Medical and sanitary report of the native army of Madras for the year
Year: 1876
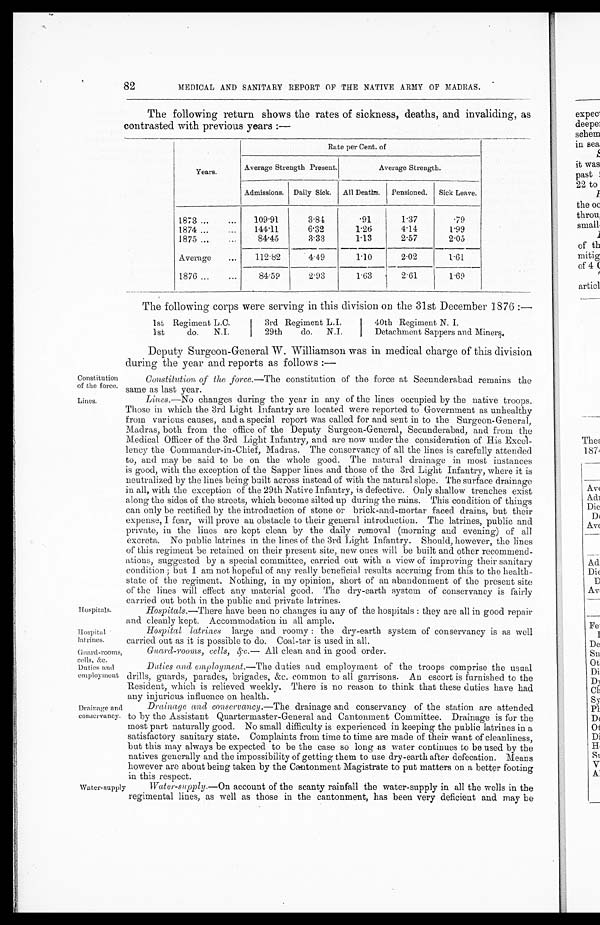
Constitution
of the force.
Lines.
Hospitals.
Hospital
latrines.
Guard-rooms,
cells, &c.
Duties and
employment
82
MEDICAL AND SANITARY REPORT OF THE NATIVE ARMY OF MADRAS.
The following return shows the rates of sickness, deaths, and invaliding, as
contrasted with previous years :—
Years.
Rate per Cent. of
Average Strength Present.
Average Strength.
Admissions. Daily Sick.
All Deaths.
Pensioned.
Sick Leave.
1873 ...
...
109.91
3.84
.91
1.37
.79
1874 ...
...
144.11
6.32
1.26
4.14
1.99
1875 ...
8 4 . 4 5
3.33
1.13
2.57
2.05
Average
...
112.82
4.49
1 . 1 0
2.02
1.61
1876 ...
...
84.59
2.93
1.63
2.61
1.69
The following corp s were serving in this division on the 31st December 1876 :—
1st Regiment L.C.
3rd Regiment L.I.
40th Regiment N. I.
I st
do.
N.I.
29th
do.
N.I.
Detachment Sappers and Miners.
Deputy Surgeon-General W. Williamson was in medical charge of this division
during the year and reports as follows :—
Drainage and
conservancy.
Constitution of the force.— The constitution of the force at Secunderabad remains the
same as last year.
Lines.—No changes during the year in any of the lines occupied by the native troops.
Those in which the 3rd Light Infantry are located were reported to Government as unhealthy
from various causes, and a special report was called for and sent in to the Surgeon-General,
Madras, both from the office of the Deputy Surgeon-General, Secunderabad, and from the
Medical Officer of the 3rd Light Infantry, and are now under the consideration of His Excel-
lency the Commander-in-Chief, Madras. The conservancy of all the lines is carefully attended
to, and may be said to be on the whole good. The natural drainage in most instances
is good, with the exception of the Sapper lines and those of the 3rd Light Infantry, where it is
neutralized by the lines being built across instead of with the natural slope. The surface drainage
in all, with the exception of the 29th Native Infantry, is defective. Only shallow trenches exist
along the sides of the streets, which become silted up during the rains. This condition of things
can only be rectified by the introduction of stone or brick-and-mortar faced drains, but their
expense, I fear, will prove an obstacle to their general introduction. The latrines, public and
private, in the lines are kept clean by the daily removal (morning and evening) of all
excreta. No public latrines in the lines of the 3rd Light Infantry. Should, however, the lines
of this regiment be retained on their present site, new ones will be built and other recommend-
ations, suggested by a special committee, carried out with a view of improving their sanitary
condition ; but I am not hopeful of any really beneficial results accruing from this to the health-
state of the regiment. Nothing, in my opinion, short of an abandonment of the present site
of the lines will effect any material good. The dry-earth system of conservancy is fairly
carried out both in the public and private latrines.
Hospitals.—There have been no changes in any of the hospitals : they are all in good repair
and cleanly kept. Accommodation in all ample.
Hospital latrines large and roomy : the dry-earth system of conservancy is as well
carried out as it is possible to do. Coal-tar is used in all.
Guard-rooms, cells, &c.—
All clean and in good order.
Duties and employment.—The duties and employment of the troops comprise the usual
drills, guards, parades, brigades, &c. common to all garrisons. An escort is furnished to the
Resident, which is relieved weekly. There is no reason to think that these duties have had
any injurious influence on health.
Drainage and conservancy.—The drainage and conservancy of the station are attended
to by the Assistant Quartermaster-General and Cantonment Committee. Drainage is for the
most part naturally good. No small difficulty is experienced in keeping the public latrines in a
satisfactory sanitary state. Complaints from time to time are made of their want of cleanliness,
but this may always be expected to be the case so long as water continues to be used by the
natives generally and the impossibility of getting them to use dry-earth after defecation. Means
however are about being taken by the Cantonment Magistrate to put matters on a better footing
in this respect.
Water-supply Water-supply.—On account of the scanty rainfall the water-supply in all the wells in the
regimental lines, as well as those in the cantonment, has been very deficient and may be